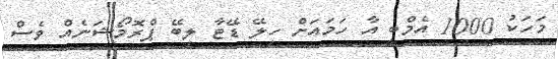
މަހަކު 1000 އެމްބީ އާ ހަމައަށް ހިލޭ ޑޭޓާ ލިބޭ ޕްރޮމޯޝަނެއް ވެސް